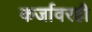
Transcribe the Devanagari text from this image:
कर्जावरही